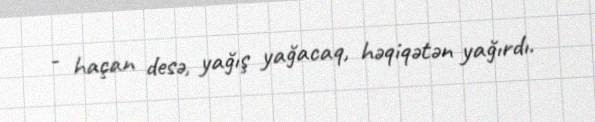
- haçan desə, yağış yağacaq, həqiqətən yağırdı.